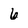
Character: 6